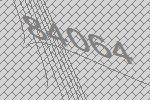
84064